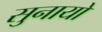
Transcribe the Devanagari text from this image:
सुनायो